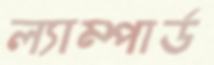
ল্যাম্পার্ড